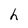
Character: h